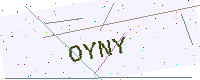
Text: OYNY